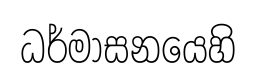
ධර්මාසනයෙහි